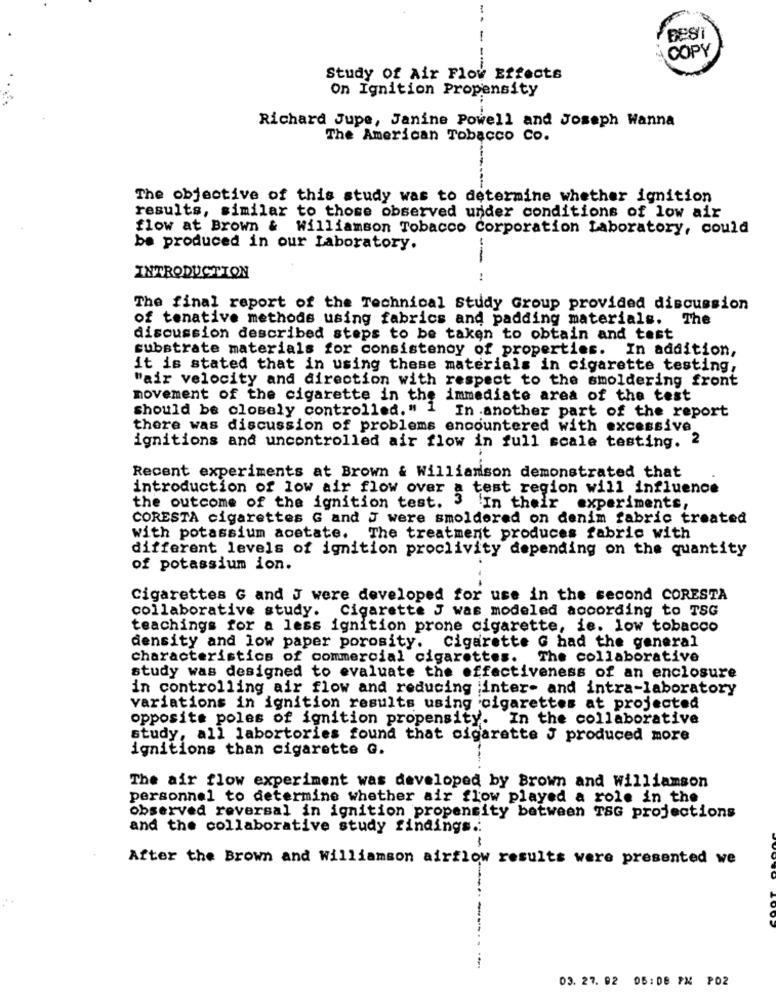
-
BEST
COPY
Study of Air Flow Effects
On Ignition Propensity
Richard Jupe, Janine Powell and Joseph Wanna
The American Tobacco Co.
The objective of this study was to determine whether ignition
results, similar to those observed under conditions of low air
flow at Brown & williamson Tobacco Corporation Laboratory, could
be produced in our Laboratory.
INTRODUCTION
The final report of the Technical Study Group provided discussion
of tenative methods using fabrics and padding materials. The
discussion described steps to be taken to obtain and test
substrate materials for consistenoy of properties.
In addition,
it is stated that in using these materials in cigarette testing,
"air velocity and direction with respect to the smoldering front
movement of the cigarette in the immediate area of the test
should be closely controlled. " 1 In .another part of the report
there was discussion of problems encountered with excessive
ignitions and uncontrolled air flow in full scale testing. 2
Recent experiments at Brown & Williamson demonstrated that
introduction of low air flow over a test region will influence
the outcome of the ignition test.
In their experiments,
CORESTA cigarettes G and J were smoldered on denim fabric treated
With potassium acetate. The treatment produces fabric with
different levels of ignition proclivity depending on the quantity
of potassium ion.
Cigarettes G and J were developed for use in the second CORESTA
collaborative study. Cigarette J was modeled according to TSG
teachings for a less ignition prone cigarette, ie. low tobacco
density and low paper porosity. Cigarette G had the general
characteristics of commercial cigarettes.
The collaborative
study was designed to evaluate the effectiveness of an enclosure
in controlling air flow and reducing inter- and intra-laboratory
variations in ignition results using cigarettes at projected
opposite poles of ignition propensity.
In the collaborative
study, all labortories found that cigarette J produced more
ignitions than cigarette G.
The air flow experiment was developed by Brown and williamson
personnel to determine whether air flow played a role in the
observed reversal in ignition propensity between TSG projections
and the collaborative study findings .:
After the Brown and williamson airflow results were presented we
03. 27. 02 05:08 PM POZ